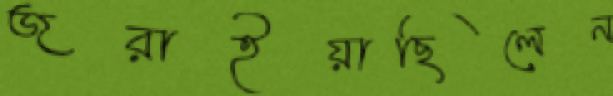
জরাইয়াছিলেন